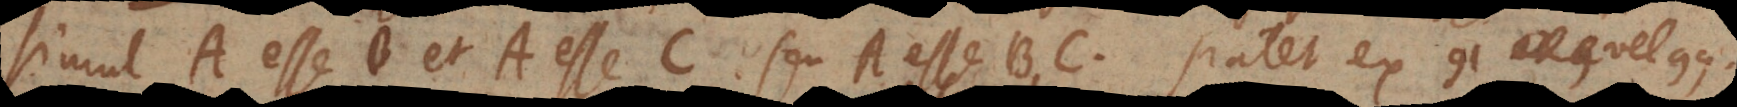
simul A esse B et A esse C seu A esse BC. Patet ex 91 vel [10